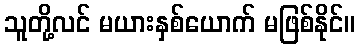
သူတို့လင် မယားနှစ်ယောက် မဖြစ်နိုင်။